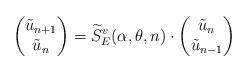
LaTeX: \begin{align*} \left(\begin{matrix} \tilde{u}_{n+1}\\\tilde{u}_n \end{matrix}\right)=\widetilde{S}_E^v(\alpha,\theta,n)\cdot\left(\begin{matrix} \tilde{u}_n\\\tilde{u}_{n-1} \end{matrix}\right) \end{align*}